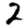
Digit: 2